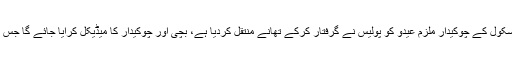
ایس ایس پی راﺅ انوار نے کہا کہ سکول کے چوکیدار ملزم عیدو کو پولیس نے گرفتار کرکے تھانے منتقل کردیا ہے، بچی اور چوکیدار کا میڈیکل کرایا جائے گا جس کے بعد حقائق سامنے آسکیں گے۔